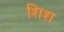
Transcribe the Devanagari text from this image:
शिश